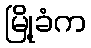
မြို့ခံက